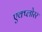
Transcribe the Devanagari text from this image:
एक्प्लोरर